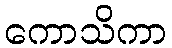
ကောသိကာ